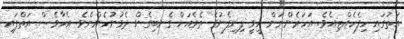
އަތުގައި ހިފެހެއްޓިއެވެ. އަހަރެންނަށް ހީވީ ފިނިފެނުގެ ތެރެއަށް ގެނބިގެން ދެވުނުހެންނެވެ. އެހާވެސް އަތްފައި